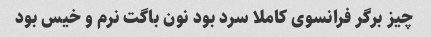
چیز برگر فرانسوی کاملا سرد بود نون باگت نرم و خیس بود